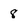
Character: 8